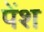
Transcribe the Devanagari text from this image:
पेंश